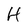
Character: H